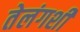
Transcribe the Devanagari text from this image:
तेलंगशी